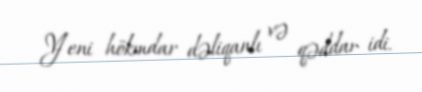
Yeni hökmdar dəliqanlı və qəddar idi.